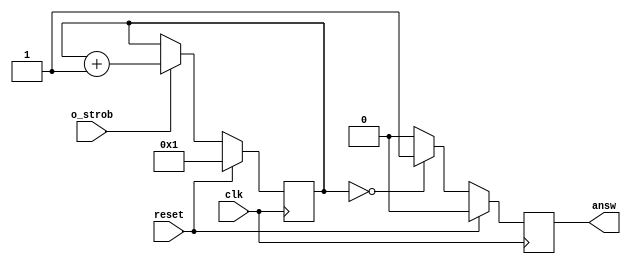
`timescale 1ns/1ps

module counter_4gb(
	input o_strob,
	input clk,
	input reset,
	output answ
);

reg [9:0] counter0;
reg answ1;

assign answ = answ1;

always @(posedge clk)
	if (reset)
		counter0 <= 1'b1;
	else if (o_strob)
		counter0 <= counter0 + 1'b1;



always @(posedge clk)
	if (reset)
		 answ1 <= 1'b0;
	else if ((counter0 == 0))
		answ1 <= 1'b1;
	else answ1 <= 1'b0;

endmodule